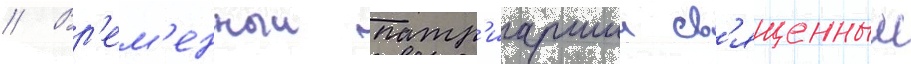
// Вр'ем'енныи патр'иаршии св'ященныи